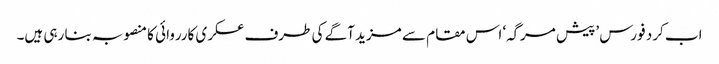
اب کرد فورس ’پیش مرگہ‘ اس مقام سے مزید آگے کی طرف عسکری کارروائی کا منصوبہ بنا رہی ہیں۔